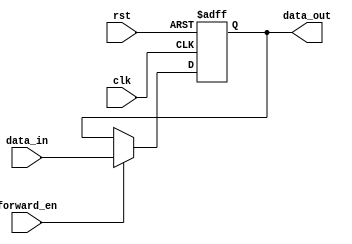
module ForwardingRegister (
    input wire clk,            // Clock signal
    input wire rst,            // Reset signal
    input wire [31:0] data_in, // Input data (32-bit)
    input wire forward_en,     // Forward enable signal
    output reg [31:0] data_out  // Output data (32-bit)
);

// Sequential logic for the Forwarding Register
always @(posedge clk or posedge rst) begin
    if (rst) begin
        data_out <= 32'b0; // Reset output to zero
    end else if (forward_en) begin
        data_out <= data_in; // Forward input data to output
    end
    // If forward_en is low, retain the previous value of data_out
end

endmodule